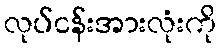
လုပ်ငန်းအားလုံးကို